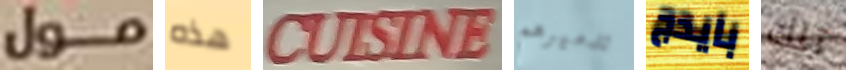
مول هذه CULSINE تدميرهم بايدج تلك